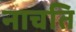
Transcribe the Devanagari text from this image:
नाचति